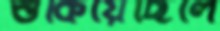
শুকিয়েছিলে